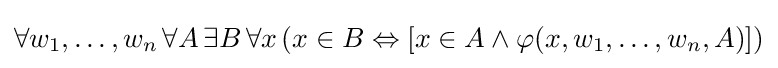
\forall w_{1},\ldots ,w_{n}\,\forall A\,\exists B\,\forall x\,(x\in B\Leftrightarrow [x\in A\land \varphi (x,w_{1},\ldots ,w_{n},A)])